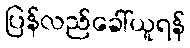
ပြန်လည်ခေါ်ယူရန်